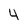
Character: 4